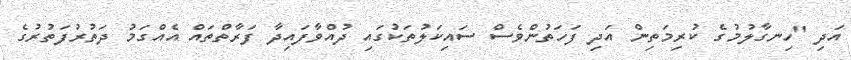
އަދި "ހިނގާލުމުގެ ކުރިމަތިން އަދި ފަހަތުންވެސް ސައިކަލުތަކުގައި ދުއްވާފައިދާ ފަރާތްތައް އެއްގަމު ދަތުރުފަތުރުގެ